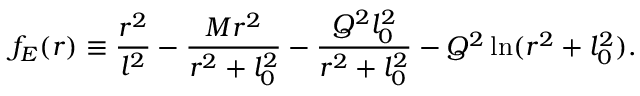
f _ { E } ( r ) \equiv \frac { r ^ { 2 } } { l ^ { 2 } } - \frac { M r ^ { 2 } } { r ^ { 2 } + l _ { 0 } ^ { 2 } } - \frac { Q ^ { 2 } l _ { 0 } ^ { 2 } } { r ^ { 2 } + l _ { 0 } ^ { 2 } } - Q ^ { 2 } \ln ( r ^ { 2 } + l _ { 0 } ^ { 2 } ) .